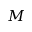
M